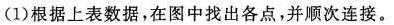
(1)根据上表数据，在图中找出各点，并顺次连接。